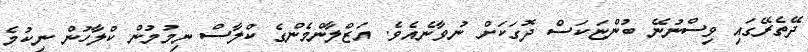
ދޭތެރޭގައި ވިސްނުނޭ ބުންޏަކަސް ދޮގަކަށް ނުވާނެއެވެ. އަޒްލާންމެންގެ ކްލާސް ނިމުމުން ކްލާހުން ނިކުމެ